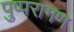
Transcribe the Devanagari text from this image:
पुष्परागण